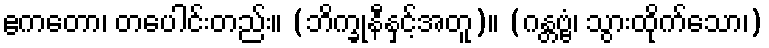
ဧကတော၊ တပေါင်းတည်း။ (ဘိက္ခုနီနှင့်အတူ)။ (ဂန္တဗ္ဗံ၊ သွားထိုက်သော၊)